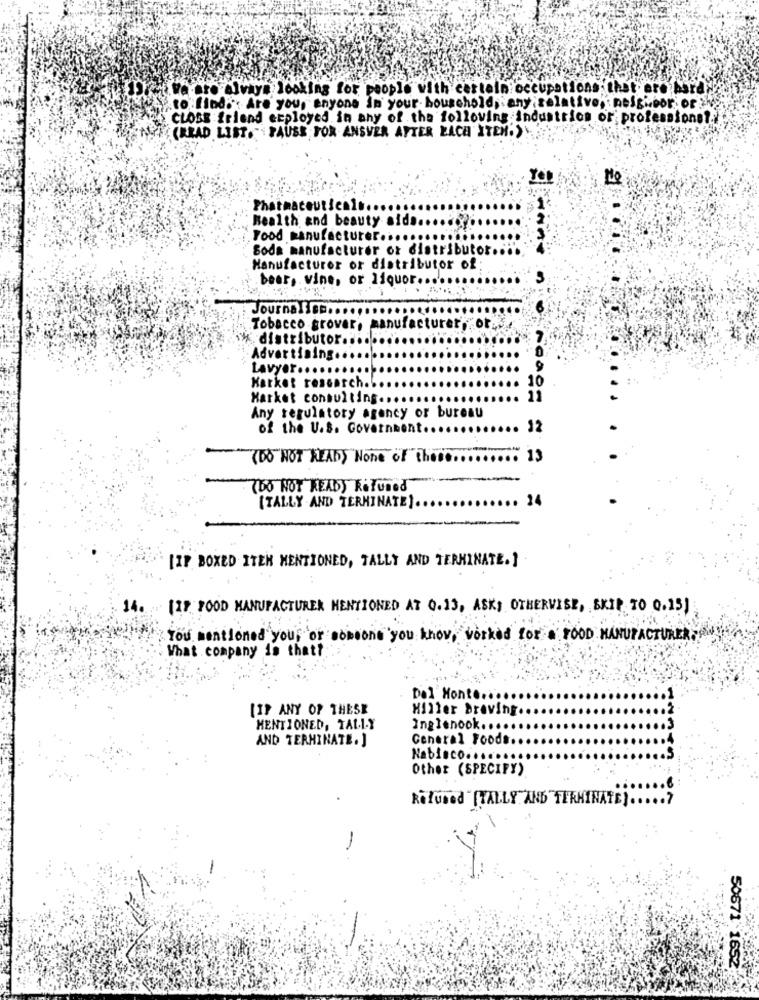
.We are always looking for people with certain occupations; that ere hardy
to find:': Are you, anyone In your household, any relative, : neighbor' or'}
CLOSE friend employed in any of the following industrion or professionel.
(READ LIST. PAUSE FOR ANSVER AFTER EACH ITEM:)
Pharmaceuticals
Health and beauty aids
Food manufacturer.
Soda manufacturer of distributor ..
Manufacturer or distributor of
bear, vine, or liquor
Journalist.
Tobacco grover, manufacturer, ot ...
* distributor .......
Advertising ..
Lavyer ..
Market research .!
Market consulting ..
Any regulatory agency or bureau
of the U.S. Governne
12
(DO NOT READ) None of the ........... 13
(DO NOT READ) RiTuned
.. 24
[TALLY AND TERMINATE] ...
[IP BOXED ITER MENTIONED, TALLY AND TERMINATE.]
14. [17 FOOD MANUFACTURER MENTIONED AT 0.13, ASKS OTHERVISE, SKIP TO 0.15)
You mentioned your or someone you know, worked for FOOD MANUFACTURER
What company is thatt
Del Monte ....
[IF ANY OF THESE
Hiller Braving.
MENTIONED, TAL.L.Y
Inglenook .....
AND TERMINATE. ]
Ceneral Foods.
Nabisco ......
Other (SPECIFY)
Refused (TALLY AND TERMINATE) ..... ?
-
50671 1652